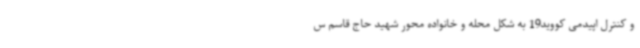
و کنترل اپیدمی کووید19 به شکل محله و خانواده محور شهید حاج قاسم س